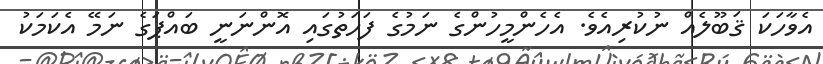
އެވާހަކަ ޤަބޫލެއް ނުކުރިއެވެ. އެހެންމީހުންގެ ނަމުގެ ފަހަތުގައި އޮންނަނީ ބައްޕަގެ ނަމޭ އެކަމަކު